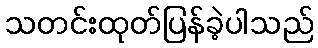
သတင်းထုတ်ပြန်ခဲ့ပါသည်